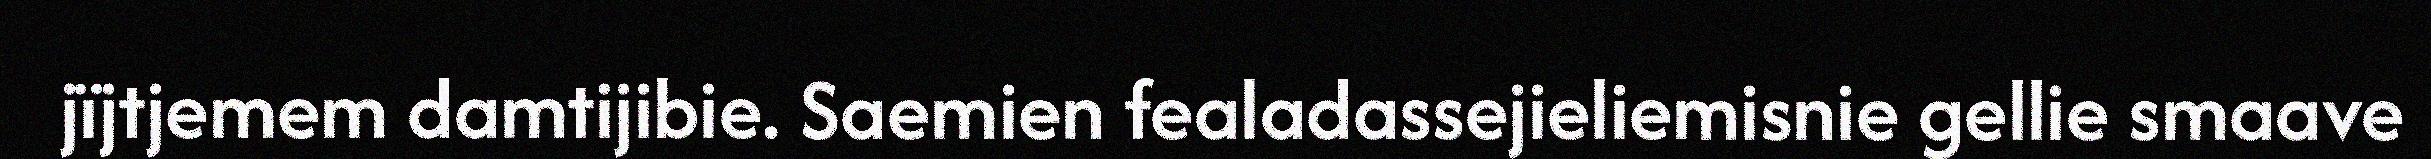
jïjtjemem damtijibie. Saemien fealadassejieliemisnie gellie smaave